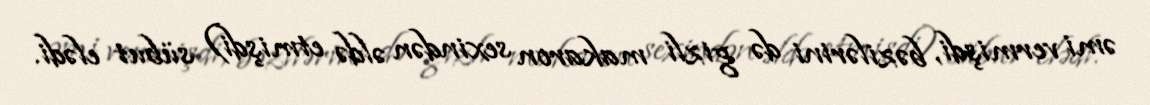
əmi vermişdi, bəzilərini də gizli makaron sexindən əldə etmişdi) sübut elədi.